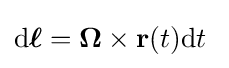
\mathrm {d} {\boldsymbol {\ell }}=\mathbf {\Omega } \times \mathbf {r} (t)\mathrm {d} t\